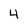
Character: 4